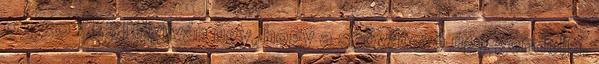
03:50 CEST Nyilván úgy, hogy a szóvátevő úgy gondolja,